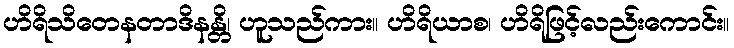
ဟိရိသိတေနတာဒိနန္တိ၊ ဟူသည်ကား။ ဟိရိယာစ၊ ဟိရိဖြင့်လည်းကောင်း။